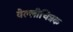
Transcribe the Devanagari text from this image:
वेल्लीचित्रक